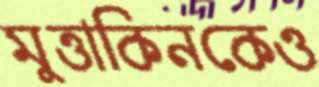
মুত্তাকিনকেও